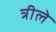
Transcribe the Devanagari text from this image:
त्रीले